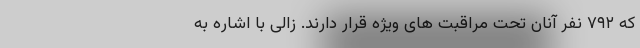
که ۷۹۲ نفر آنان تحت مراقبت های ویژه قرار دارند. زالی با اشاره به